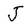
Character: J